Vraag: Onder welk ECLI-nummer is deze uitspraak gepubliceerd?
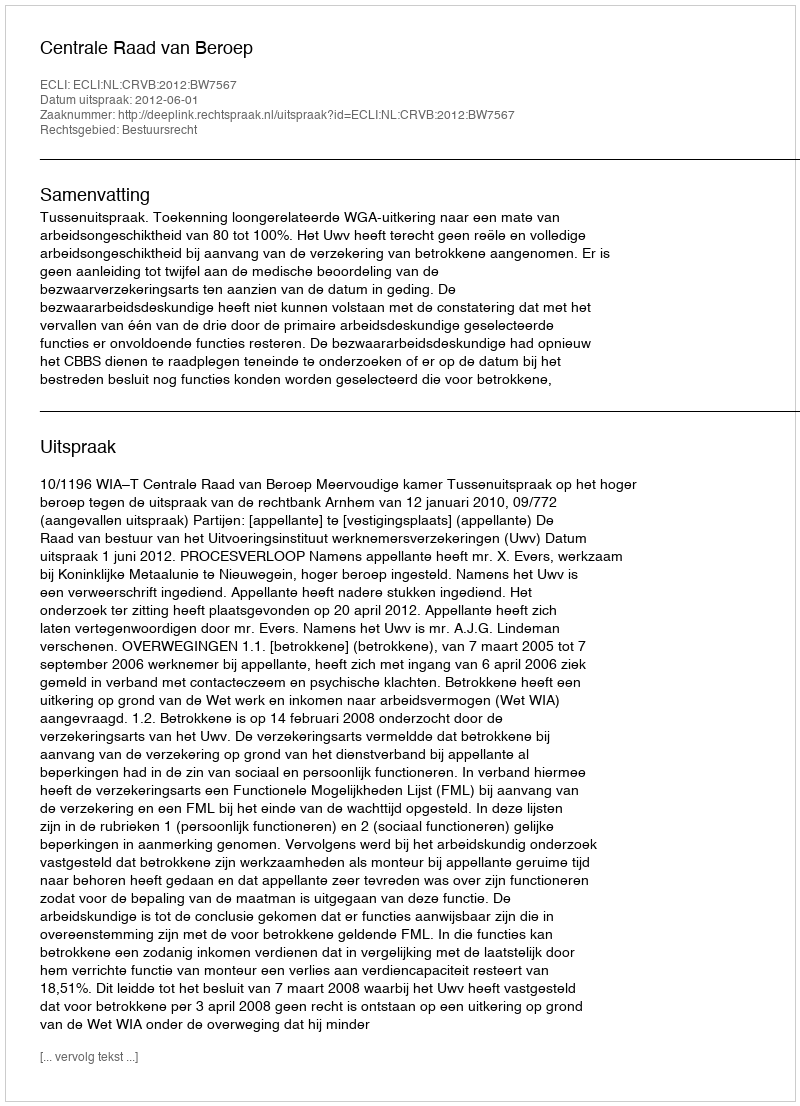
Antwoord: ECLI:NL:CRVB:2012:BW7567